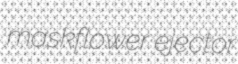
maskflower ejector